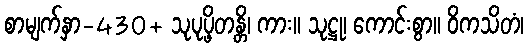
စာမျက်နှာ-430+ သုပုပ္ဖိတန္တိ၊ ကား။ သုဋ္ဌု၊ ကောင်းစွာ။ ဝိကသိတံ၊